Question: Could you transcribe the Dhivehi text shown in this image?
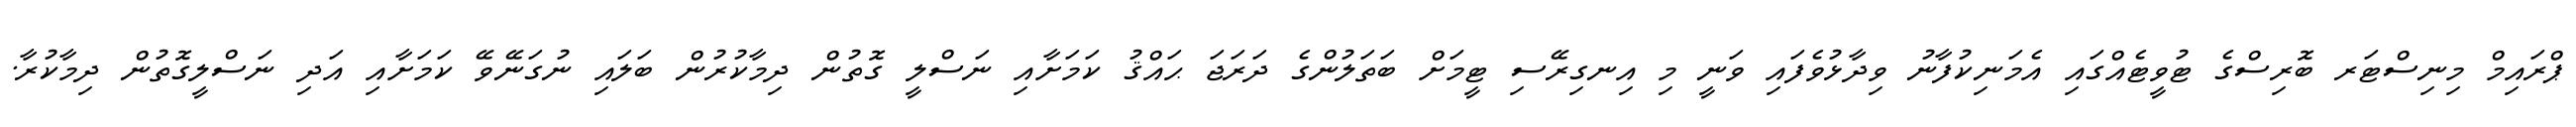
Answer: ޕްރައިމް މިނިސްޓަރ ބޮރިސްގެ ޓުވީޓެއްގައި އެމަނިކުފާނު ވިދާޅުވެފައި ވަނީ މި އިނގިރޭސި ޓީމަށް ބަތަލުންގެ ދަރަޖަ ޙައްޤު ކަމަށާއި ނަސްލީ ގޮތުން ދިމާކުރުން ބަލައި ނުގަނޭވޭ ކަމަށާއި އަދި ނަސްލީގޮތުން ދިމާކުރާ.